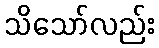
သိသော်လည်း